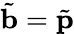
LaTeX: \tilde{\mathbf b}=\tilde{\mathbf p}